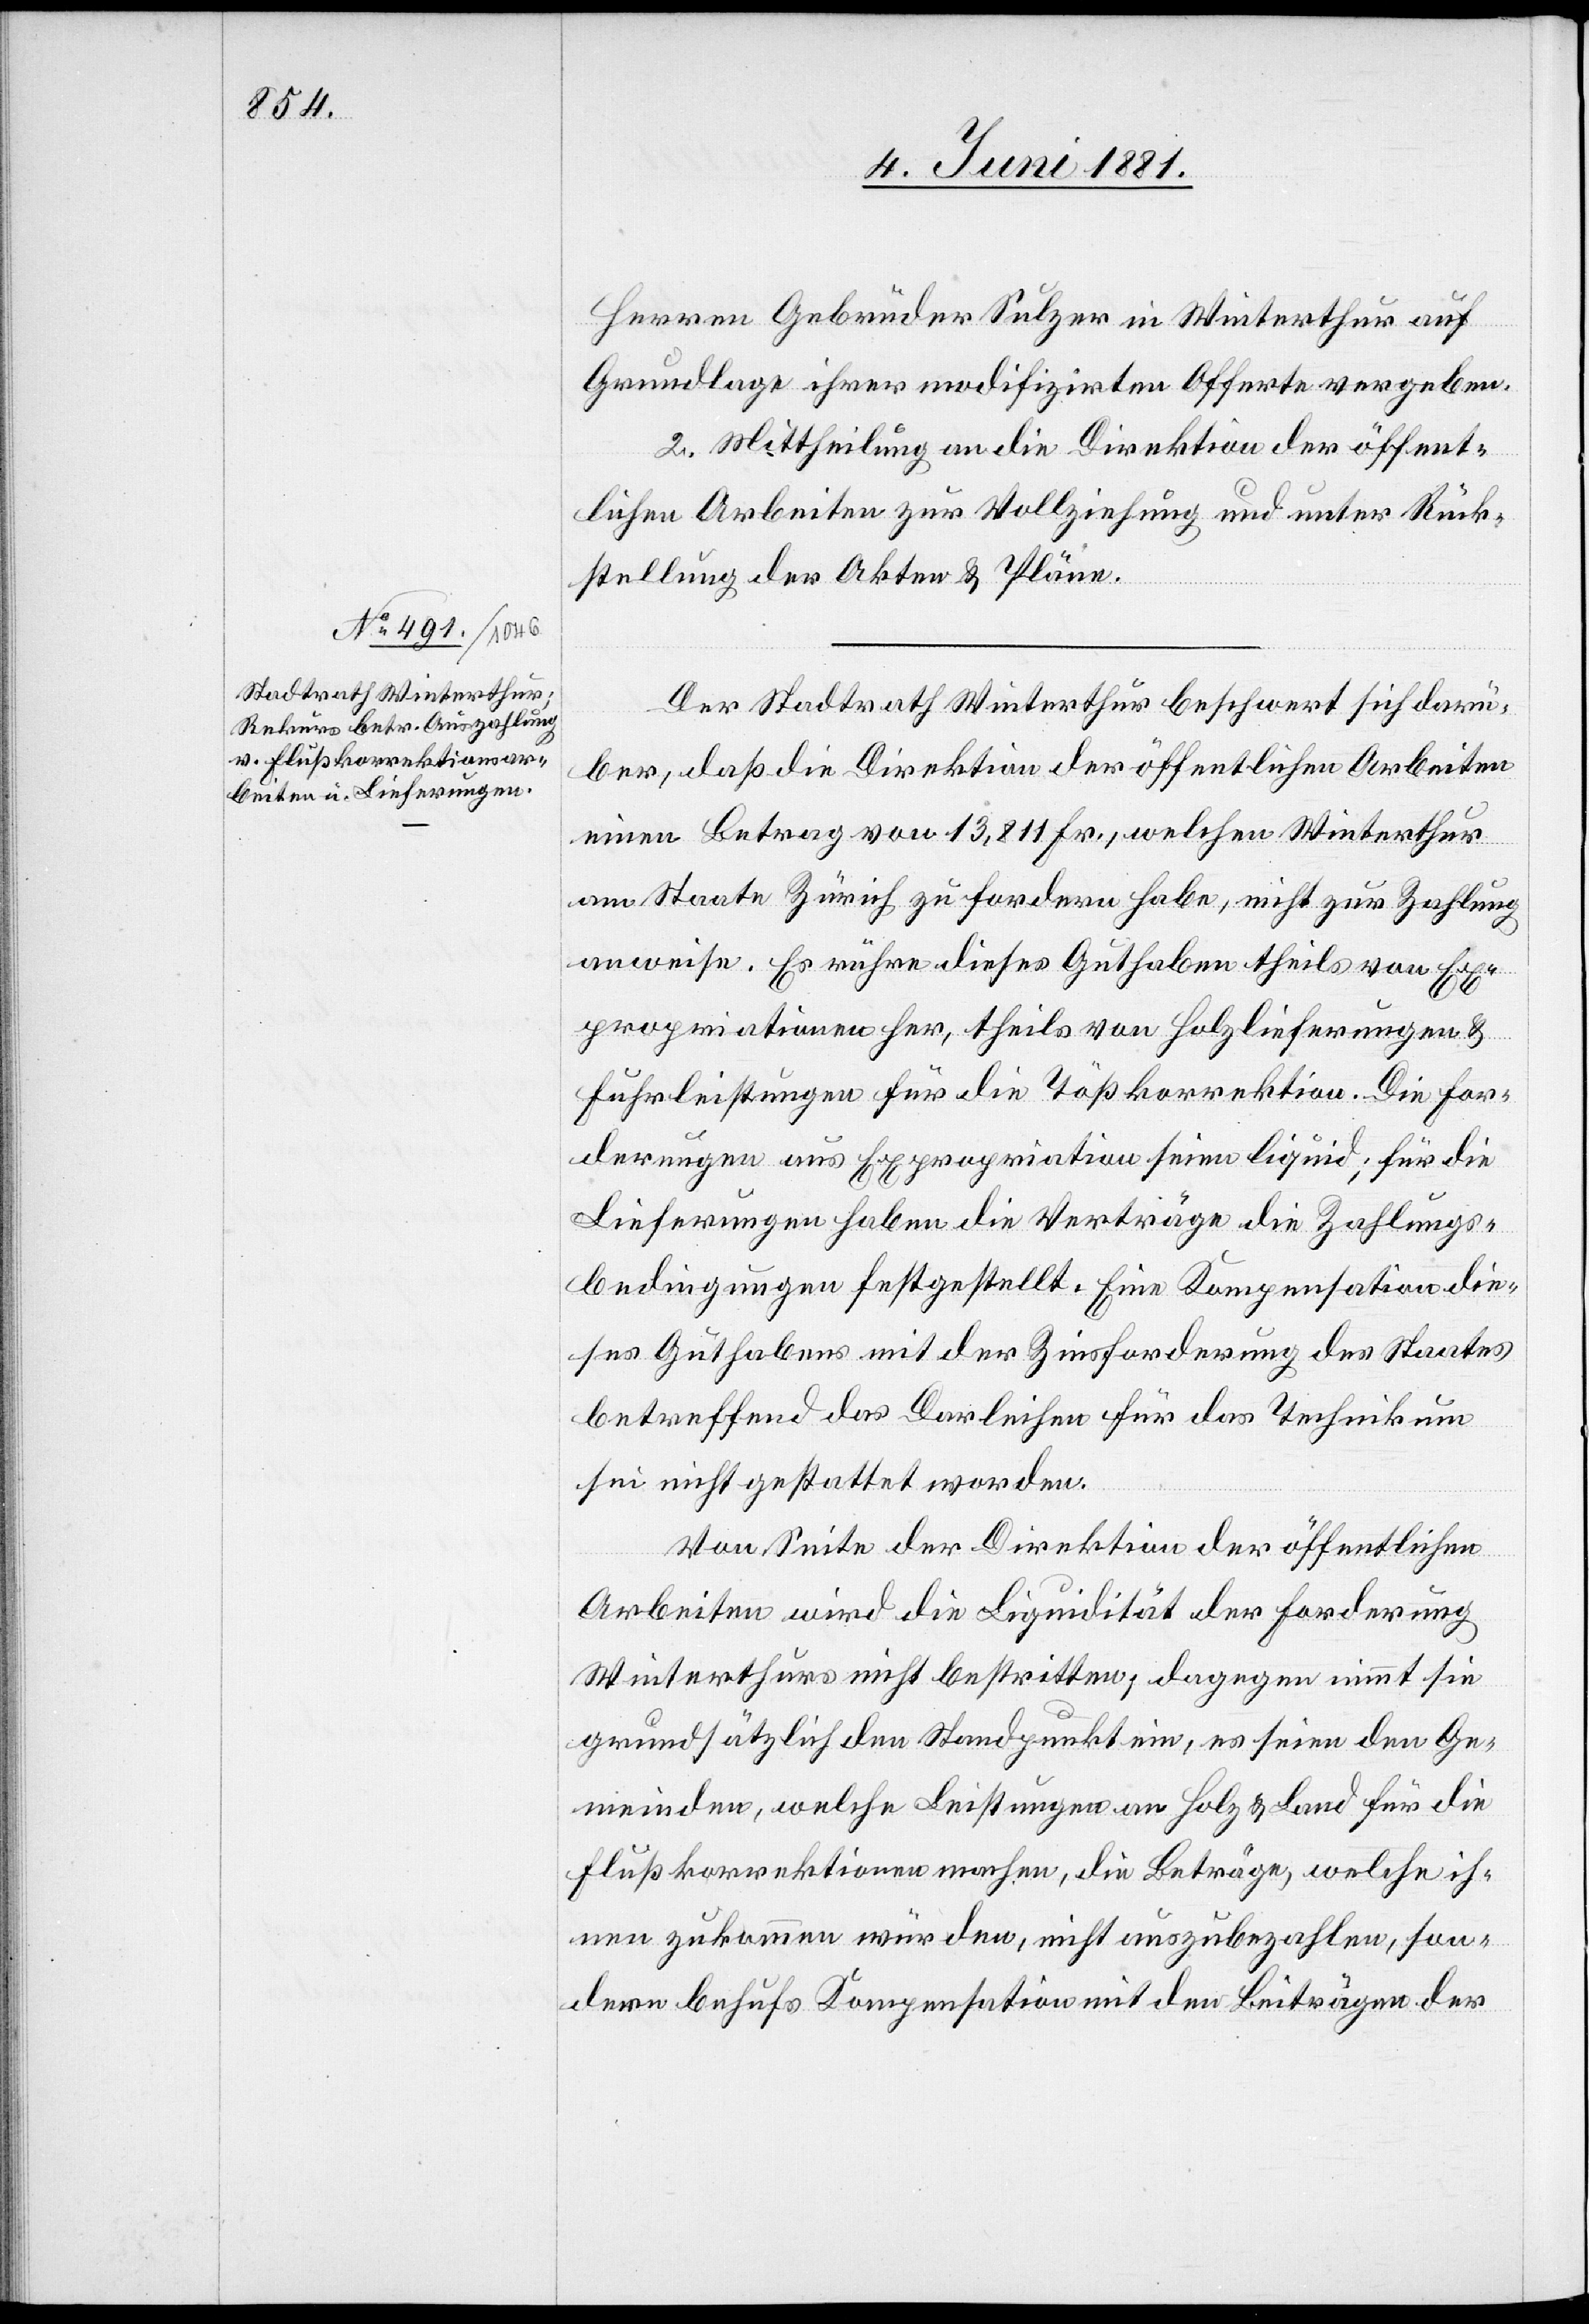
Herren Gebrüder Sulzer in Winterthur auf
Grundlage ihrer modifizirten Offerte vergeben.
2. Mittheilung an die Direktion der öffent¬
lichen Arbeiten zur Vollziehung und unter Rück¬
stellung der Akten & Pläne.
Der Stadtrath Winterthur beschwert sich darü¬
ber, daß die Direktion der öffentlichen Arbeiten
einen Betrag von 13,811 Fr., welchen Winterthur
am Staate Zürich zu fordern habe, nicht zur Zahlung
anweise. Es rühre dieses Gutachten theils von Ex¬
propriationen her, theils von Holzlieferungen &
Fuhrleistungen für die Tößkorrektion. Die For¬
derungen aus Expropriation seien liquid; für die
Lieferungen haben die Verträge die Zahlungs¬
bedingungen festgestellt. Eine Kompensation die¬
ses Guthabens mit der Zinsforderung des Staates
betreffend das Darleihen für das Technikum
sei nicht gestattet worden.
Von Seite der Direktion der öffentlichen
Arbeiten wird die Liquidität der Forderung
Winterthurs nicht bestritten; dagegen nimmt sie
grundsätzlich den Standpunkt ein, es seien den Ge¬
meinden, welche Leistungen an Holz & Land für die
Flußkorrektion machen, die Beträge, welche ih¬
nen zukommen würden, nicht auszubezahlen, son¬
dern behufs Kompensation mit den Beiträgen der